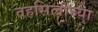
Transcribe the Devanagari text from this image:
तहसिलीच्या